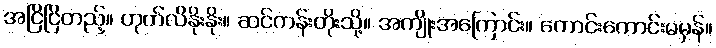
အငြိငြိတည့်။ ဟုတ်လိနိုးနိုး။ ဆင်ကန်းတိုးသို့။ အကျိုးအကြောင်း။ ကောင်းကောင်းမမှန်။